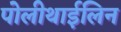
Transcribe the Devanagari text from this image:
पोलीथाईलिन